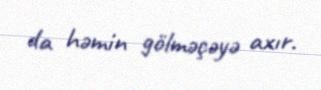
da həmin gölməçəyə axır.